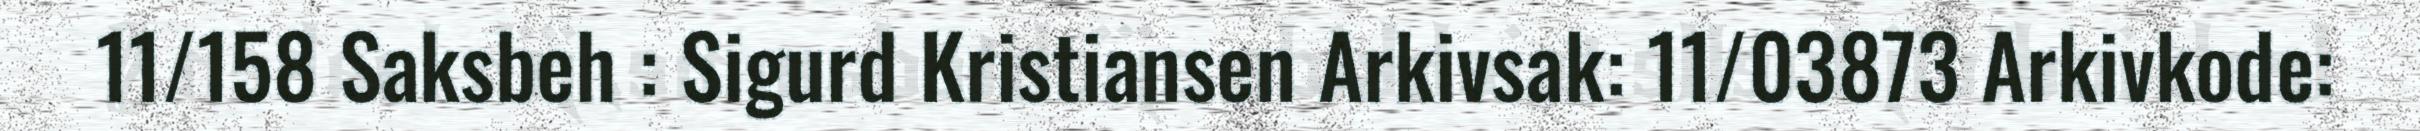
11/158 Saksbeh : Sigurd Kristiansen Arkivsak: 11/03873 Arkivkode: